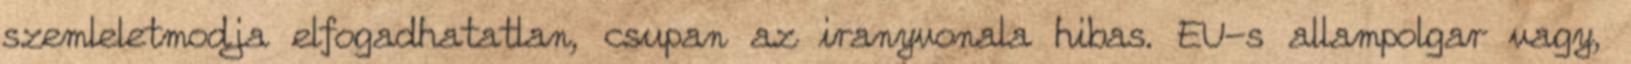
szemleletmodja elfogadhatatlan, csupan az iranyvonala hibas. EU-s allampolgar vagy,